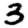
Digit: 3